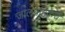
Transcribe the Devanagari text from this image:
जालपत्रिकेचे